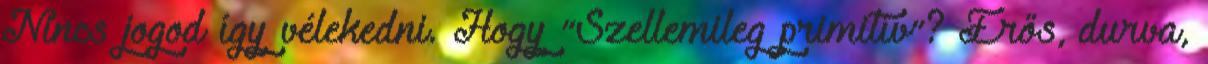
Nincs jogod így vélekedni. Hogy “Szellemileg primitív”? Erős, durva,